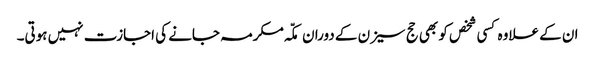
ان کے علاوہ کسی شخص کو بھی حج سیزن کے دوران مکّہ مکرمہ جانے کی اجازت نہیں ہوتی۔